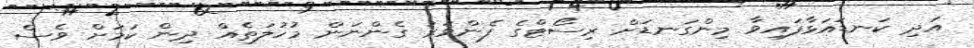
އަދި ކަނޑައަޅާފައިވާ މިންގަނޑަށް ރިސޯޓްގެ ފެންވަރު ގެންނަން މުހުލަތެއް ދިން ކަމަށް ވެސް